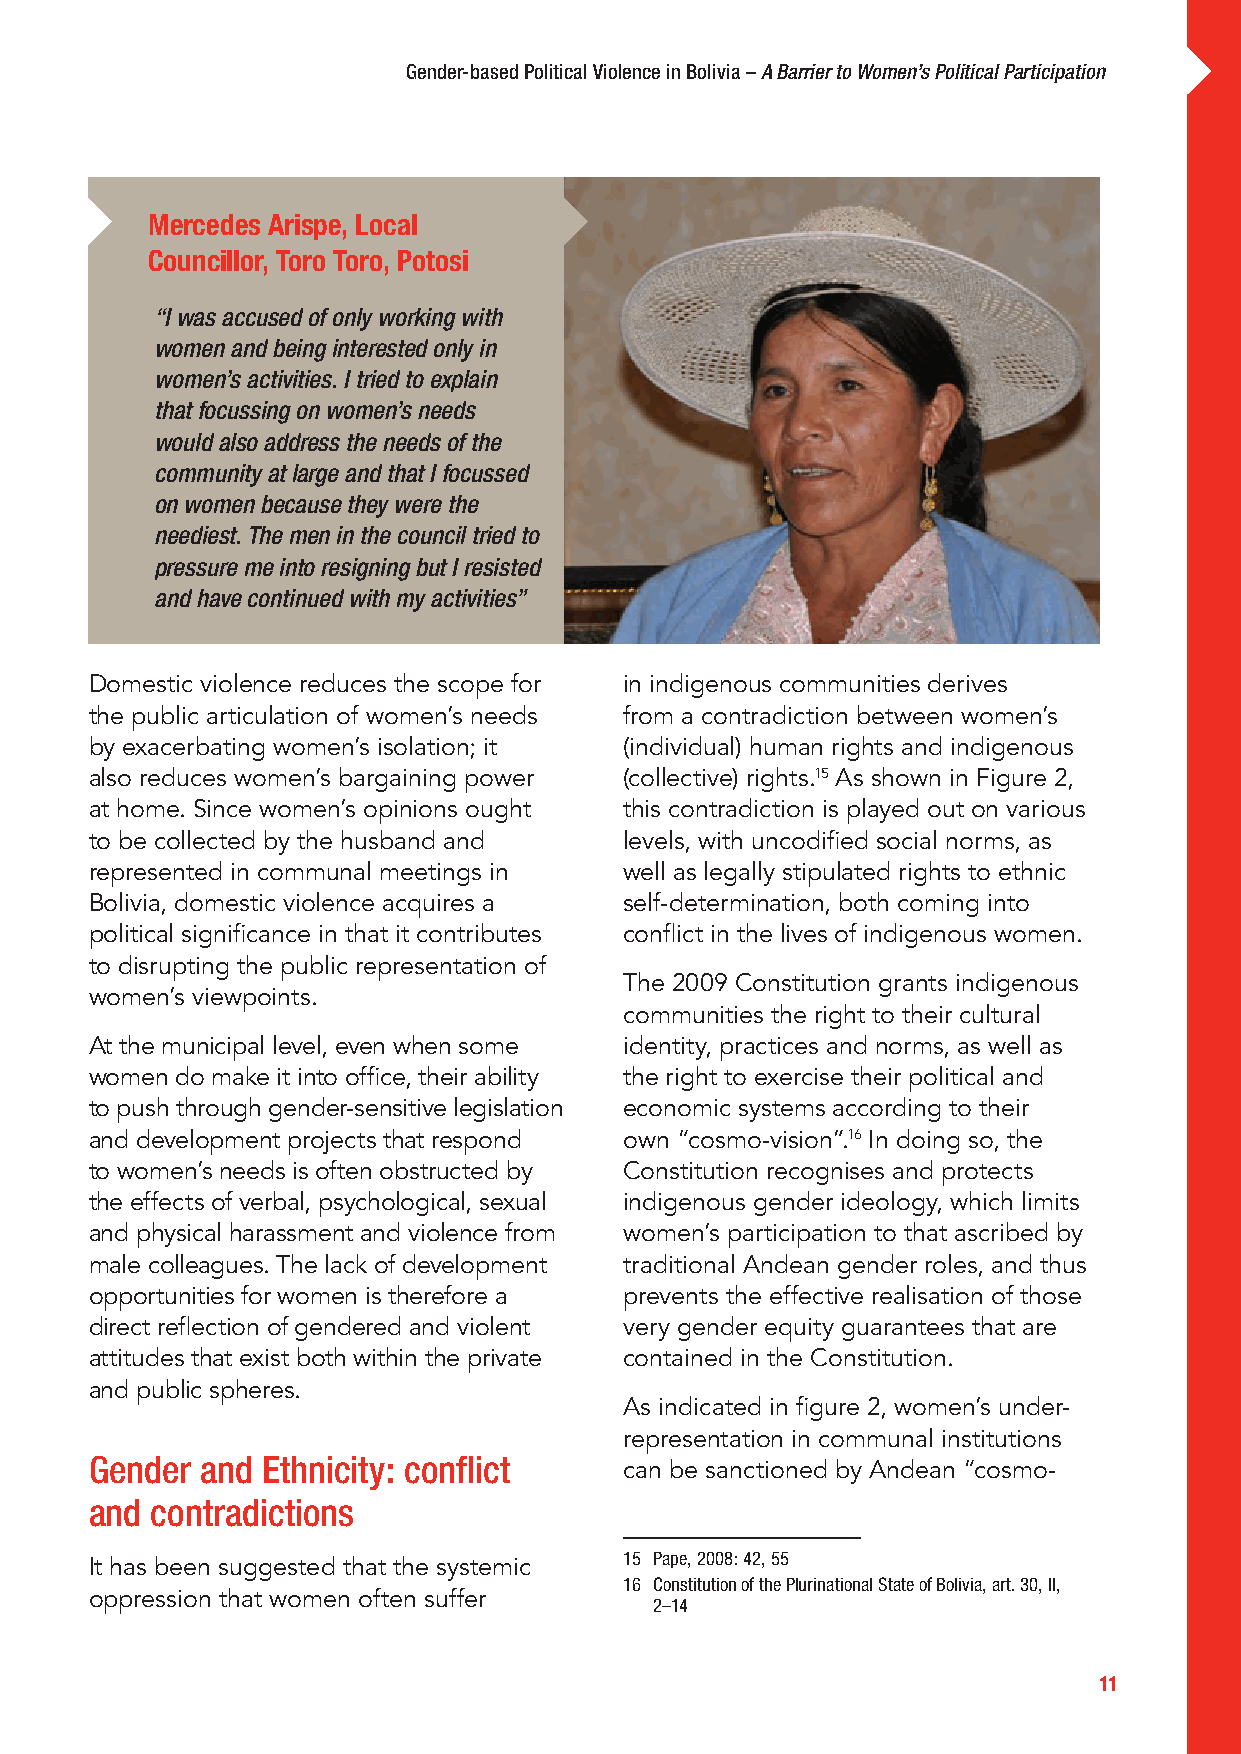
Gender-based Political Violence in Bolivia – A Barrier to Women’s Political Participation
 Mercedes Arispe, Local
 Councillor, Toro Toro, Potosi
 “I was accused of only working with
 women and being interested only in
 women’s activities. I tried to explain
 that focussing on women’s needs
 would also address the needs of the
 community at large and that I focussed
 on women because they were the
 neediest. The men in the council tried to
 pressure me into resigning but I resisted
 and have continued with my activities”
 Domestic violence reduces the scope for in indigenous communities derives
 the public articulation of women’s needs from a contradiction between women’s
 by exacerbating women’s isolation; it (individual) human rights and indigenous
 also reduces women’s bargaining power (collective) rights.15 As shown in Figure 2,
 at home. Since women’s opinions ought this contradiction is played out on various
 to be collected by the husband and levels, with uncodified social norms, as
 represented in communal meetings in well as legally stipulated rights to ethnic
 Bolivia, domestic violence acquires a self-determination, both coming into
 political significance in that it contributes conflict in the lives of indigenous women.
 to disrupting the public representation of
 The 2009 Constitution grants indigenous
 women’s viewpoints.
 communities the right to their cultural
 At the municipal level, even when some identity, practices and norms, as well as
 women do make it into office, their ability the right to exercise their political and
 to push through gender-sensitive legislation economic systems according to their
 and development projects that respond own “cosmo-vision”.16 In doing so, the
 to women’s needs is often obstructed by Constitution recognises and protects
 the effects of verbal, psychological, sexual indigenous gender ideology, which limits
 and physical harassment and violence from women’s participation to that ascribed by
 male colleagues. The lack of development traditional Andean gender roles, and thus
 opportunities for women is therefore a prevents the effective realisation of those
 direct reflection of gendered and violent very gender equity guarantees that are
 attitudes that exist both within the private contained in the Constitution.
 and public spheres.
 As indicated in figure 2, women’s under-
 representation in communal institutions
 Gender and Ethnicity: conflict
 can be sanctioned by Andean “cosmo-
 and contradictions
 15 Pape, 2008: 42, 55
 It has been suggested that the systemic
 16 Constitution of the Plurinational State of Bolivia, art. 30, II,
 oppression that women often suffer
 2–14
 11